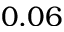
0 . 0 6